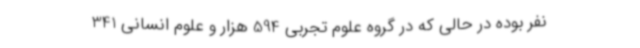
نفر بوده در حالی که در گروه علوم تجربی 594 هزار و علوم انسانی 341